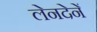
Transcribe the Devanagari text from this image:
लेनदेनें